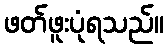
ဖတ်ဖူးပုံရသည်။